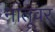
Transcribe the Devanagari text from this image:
नातूंवर